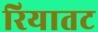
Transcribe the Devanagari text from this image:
रियातट